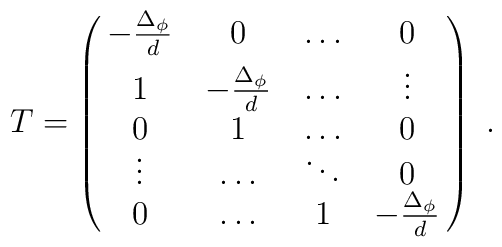
T = \pmatrix{-\frac {\Delta_{\phi}}{d}&0&\ldots&0\cr 1&-\frac {\Delta_{\phi}}{d}&\ldots&\vdots\cr 0&1& \ldots&0 \cr \vdots&\ldots&\ddots&0 \cr 0&\ldots&1&-\frac {\Delta_{\phi}}{d}\cr}~.